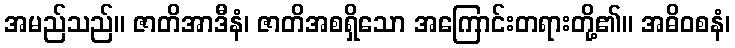
အမည်သည်။ ဇာတိအာဒီနံ၊ ဇာတိအစရှိသော အကြောင်းတရားတို့၏။ အဓိဝစနံ၊